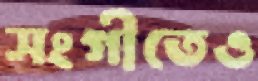
সংগীতেও